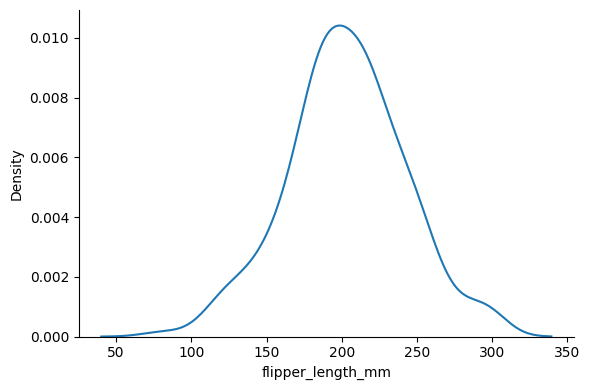
python, seaborn, displot, kind='kde', column='flipper_length_mm', hue='all', height=4, aspect=1.5